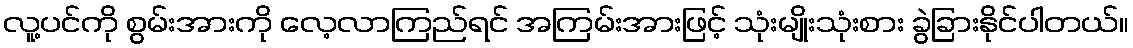
လူ့ပင်ကို စွမ်းအားကို လေ့လာကြည်ရင် အကြမ်းအားဖြင့် သုံးမျိုးသုံးစား ခွဲခြားနိုင်ပါတယ်။